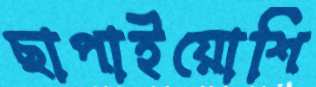
ছাপাইয়োশি